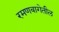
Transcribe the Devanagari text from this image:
रमणबागेतील